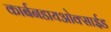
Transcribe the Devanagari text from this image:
कार्बनडायओक्साईड